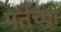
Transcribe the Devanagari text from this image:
गर्तेच्या